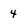
Character: 4